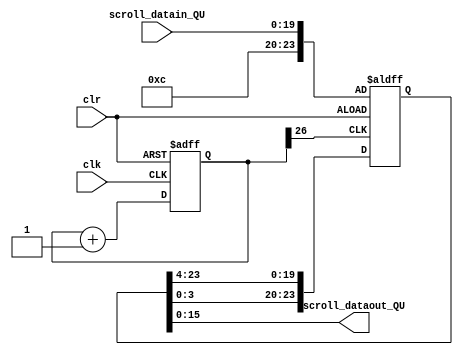
module Seg_Scroll_QU(
    input clk,
    input clr,
	input [19:0] scroll_datain_QU,
    output [15:0] scroll_dataout_QU
    );


reg [26:0] q;
reg [23:0] msg_array;

always @(posedge clk_3 or posedge clr) 

begin
 
if(clr==1)
		begin 
		msg_array [19:0] <= scroll_datain_QU[19:0];
		msg_array [23:20] <= 'hC;
		end
else 
		begin
		msg_array [19:0] <= msg_array[23:4];
		msg_array [23:20] <= msg_array[3:0];
		end
end

assign scroll_dataout_QU[15:0] = msg_array[15:0];

// 3 Hz scroll clk generator 

always @(posedge clk or posedge clr)
begin
if(clr==1)
q<=0;
else 
q<=q+1;
end
assign clk_3 = q[26];



endmodule